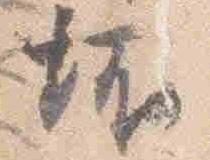
坏